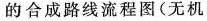
的合成路线流程图(无机